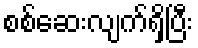
စစ်ဆေးလျက်ရှိပြီး